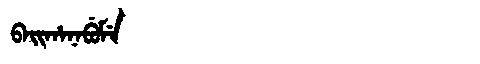
Manchu: ᠪᠠᡳᡥᠠᠨᠠᠪᡠᠮᡝ
Romanization: BAIHANABUME